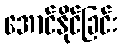
အောင်နိုင်ခြင်း